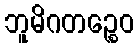
ဘူမိဂတဉ္စေဝ